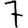
Digit: 7